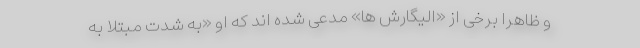
و ظاهراً برخی از «الیگارش ها» مدعی شده اند که او «به شدت مبتلا به